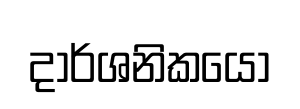
දාර්ශනිකයෝ